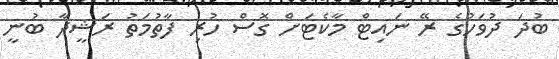
ބުދަ ދުވަހުގެ ރޭ ނައިޓް މާކެޓަށް ގޮސް ހުރި ފާތުމަތު ރަޝީދާ ބުނީ